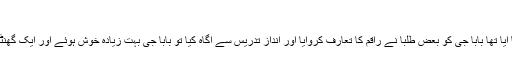
‘‘
راقم (ابن بشیر الحسینوی )ابھی دارالحدیث راجووال میں نیا نیا آیا تھا بابا جی کو بعض طلبا نے راقم کا تعارف کروایا اور انداز تدریس سے آگاہ کیا تو بابا جی بہت زیادہ خوش ہوئے اور ایک گھنٹہ مسلسل دعائیں کیں اور اگلے دن تین سو روپے انعام بھیجا ۔